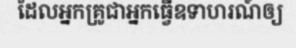
ដែលអ្នកគ្រូជាអ្នកធ្វើឧទាហរណ៍ឲ្យ